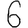
Digit: 6